Supplement to the account of plague administration in the Bombay Presidency from September 1896 till May 1897
Year: 1896
Disease focus: Plague
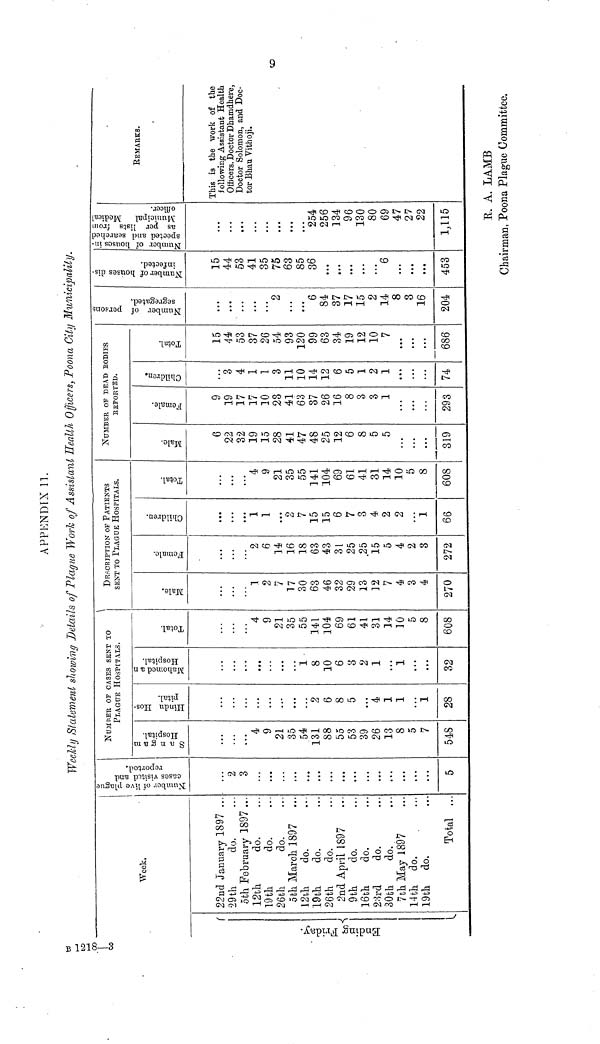
Ending Friday
Week.
22nd January 1897
29th
do.
5th February 1897
12th
do.
19 th
do.
26th
do.
5th March 1897
12th
do.
19th
do.
26th
do.
2nd April 1897
9th
do.
16th
do.
23rd
do.
30th
do.
7th May 1897
14th do.
19th do.
Total
...
...
...
...
...
...
...
...
...
...
...
...
...
...
...
...
...
...
...
Number of live plague
cases visited and
reported.
...
2
3
...
...
...
...
...
...
...
...
...
...
...
...
...
...
...
5
NUMBER OF CASES SENT TO
PLAGUE HOSPITALS.
San gam
Hospital.
...
...
...
4
9
21
35
54
131
88
55
53
39
26
13
8
5
7
548
Hindu Hos-
pital.
...
...
...
...
...
...
...
...
2
6
8
5
4
1
1
...
1
28
Mahomed an
Hospital.
...
...
...
...
...
...
...
1
8
10
6
3
2
1
1
...
...
32
Total.
...
...
...
4
9
21
35
55
141
104
69
61
41
31
14
10
5
8
608
DESCRIPTION OF PATIENTS
SENT TO PLAGUE HOSPITALS.
Male.
...
...
...
1
2
7
17
30
63
46
32
29
13
12
7
4
3
4
270
Female.
...
...
...
2
6
14
16
18
63
43
31
25
25
15
5
4
2
3
272
Children.
...
...
...
1
1
...
2
7
15
15
6
7
3
4
2
2
...
1
66
Total.
...
...
...
4
9
21
35
55
141
104
69
61
41
31
14
10
5
8
608
NUMBER OF DEAD BODIES
REPORTED.
Male
6
22
32
19
15
28
41
47
48
25
12
6
8
5
5
...
...
...
319
Female
9
19
17
17
10
23
41
63
37
26
16
8
3
3
1
...
...
...
293
Children
3
4
1
1
3
11
10
14
12
6
5
1
2
1
...
...
...
74
Total
15
4*
53
37
26
54
93
120
99
63
34
19
12
10
7
...
...
...
686
Number of persons
segregated.
...
...
...
...
...
2
...
...
6
84
37
17
15
2
14
8
3
16
204
Number of houses dis-
infected.
15
44
53
41
35
75
63
85
36
...
...
...
...
...
6
...
...
...
453
Number of houses in-
spected and searched
as per lists from
Municipal Medical
officer.
...
...
...
...
...
...
...
...
254
256
134
96
130
80
69
47
27
22
1,115
REMARKS.
This is the work of the
following Assistant Health
Officers. Doctor Dhamdhere,
Doctor Solomon, and Doc-
tor Bhan Vithoji.
R. A. LAMB
Chairman, Poona Plague Committee.
APPENDIX 11.
Weekly Statement showing Details of Plague Work of Assistant Health Officers, Poona City Municipality.
6